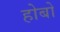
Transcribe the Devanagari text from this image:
होबो